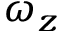
\omega _ { z }